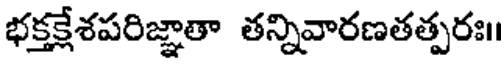
భక్తక్లేశపరిజ్ఞాతా తన్నివారణతత్పరః।।